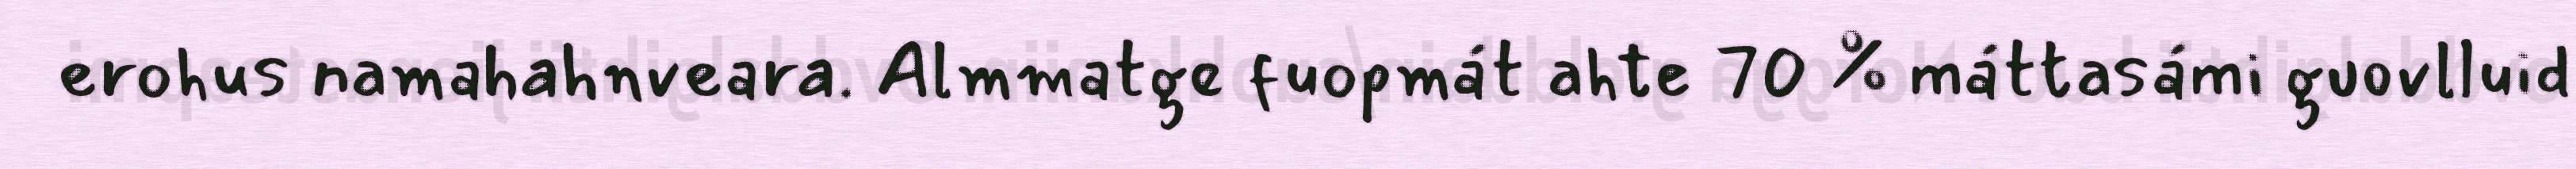
erohus namahahnveara. Almmatge fuopmát ahte 70 % máttasámi guovlluid